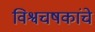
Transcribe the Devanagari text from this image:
विश्वचषकांचे